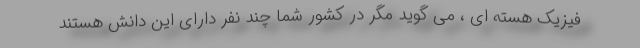
فیزیک هسته ای ، می گوید مگر در کشور شما چند نفر دارای این دانش هستند